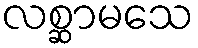
လစ္ဆာမသေ